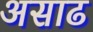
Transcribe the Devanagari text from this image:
असाढ